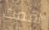
اقمت